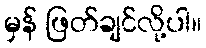
မှန် ဖြတ်ချင်လို့ပါ။